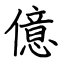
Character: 億